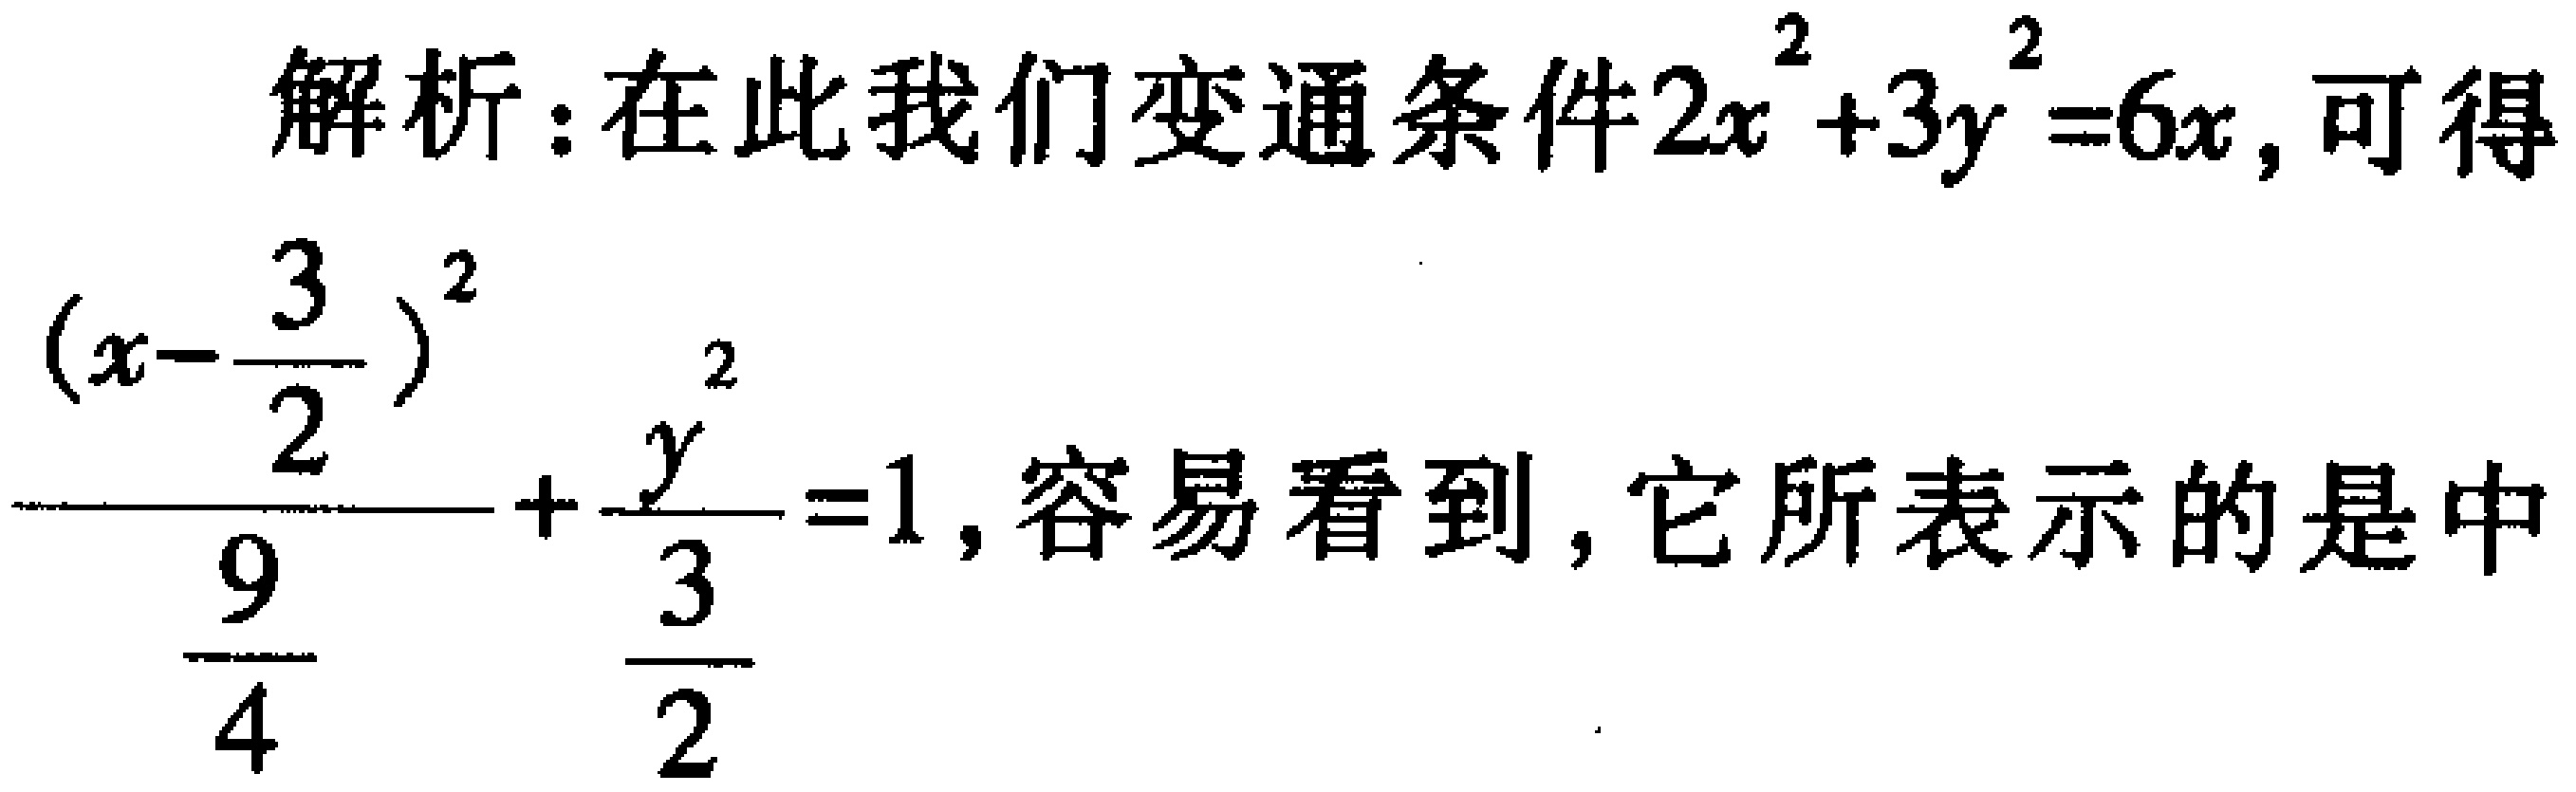
解析：在此我们变通条件\(2x^{2}+3y^{2}=6x\)，可得

\(\frac{(x - \frac{3}{2})^{2}}{\frac{9}{4}}+\frac{y^{2}}{\frac{3}{2}} = 1\)，容易看到，它所表示的是中